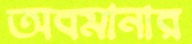
অবমানার